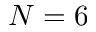
N = 6